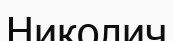
Николич